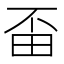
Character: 𤰺